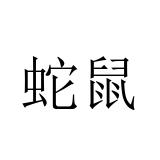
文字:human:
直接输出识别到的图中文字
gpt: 蛇鼠